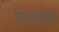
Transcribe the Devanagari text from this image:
त्रिकांडकोष